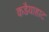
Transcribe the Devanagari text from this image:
कडैयाहाट